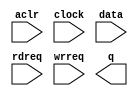
module exp_3x3_conv_add_fifo (
	aclr,
	clock,
	data,
	rdreq,
	wrreq,
	q);

	input	  aclr;
	input	  clock;
	input	[47:0]  data;
	input	  rdreq;
	input	  wrreq;
	output	[47:0]  q;

endmodule